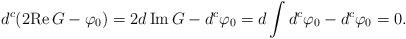
LaTeX: \begin{align*}d^c (2\mathrm{Re}\, G - \varphi_{0}) = 2 d \,\mathrm{Im}\, G - d^c \varphi_{0} = d \int d^c \varphi_{0} -d^c \varphi_{0} = 0. \end{align*}